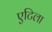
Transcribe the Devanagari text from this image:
एटिला